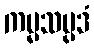
ကမ္မသမ္ပဒံ